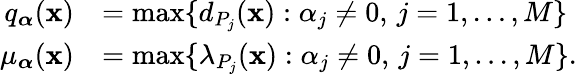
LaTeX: \begin{array}{rl}{q_{\boldsymbol{\alpha}}(\mathbf{x})}&{=\operatorname*{max}\{ d_{P_{j}}(\mathbf{x}):\alpha_{j}\ne 0,\, j=1,\dots,M\} }\\ {\mu_{\boldsymbol{\alpha}}(\mathbf{x})}&{=\operatorname*{max}\{ \lambda_{P_{j}}(\mathbf{x}):\alpha_{j}\ne 0,\, j=1,\dots,M\} .}\end{array}